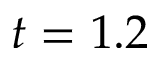
t = 1 . 2